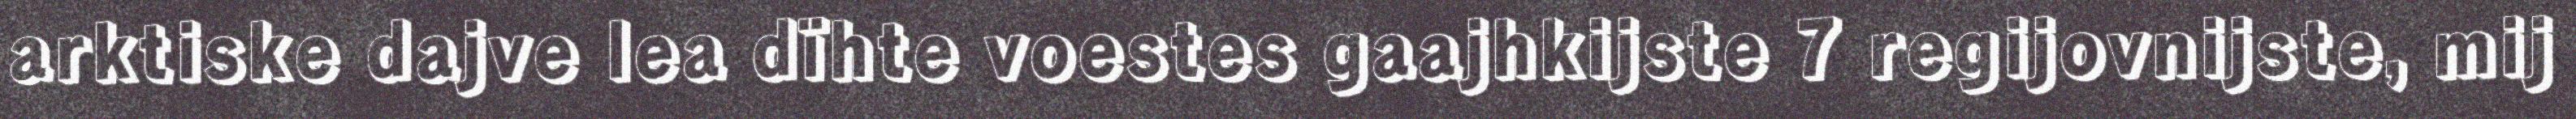
arktiske dajve lea dïhte voestes gaajhkijste 7 regijovnijste, mij